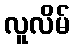
လူလိမ်